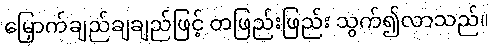
မြှောက်ချည်ချချည်ဖြင့် တဖြည်းဖြည်း သွက်၍လာသည်။